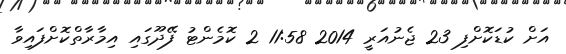
އަށް ކުޑަކޮށްފި 23 ޖެނުއަރީ 2014 11:58 2 ކޮމެންޓު ފޭދޫގައި އިމާރާތްކޮށްފައިވާ